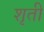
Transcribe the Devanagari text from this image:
शृती